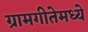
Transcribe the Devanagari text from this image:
ग्रामगीतेमध्ये